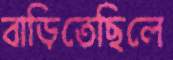
বাড়িতেছিলে